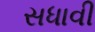
સધાવી